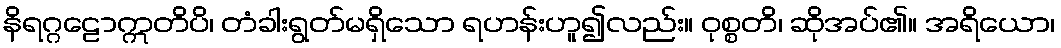
နိရဂ္ဂဠောဣတိပိ၊ တံခါးရွတ်မရှိသော ရဟန်းဟူ၍လည်း။ ဝုစ္စတိ၊ ဆိုအပ်၏။ အရိယော၊